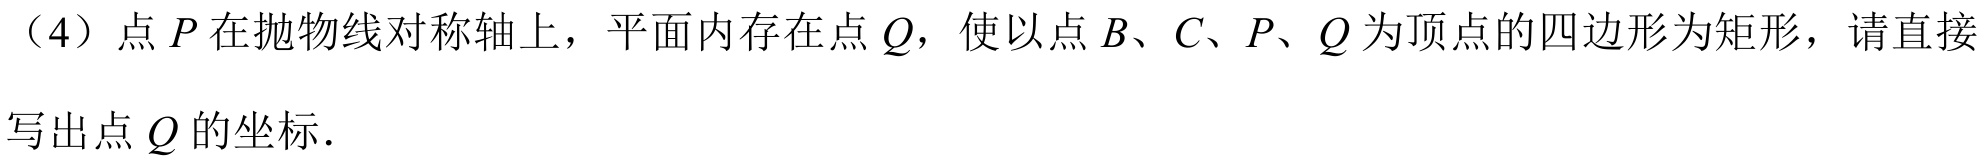
（4）点 \(P\) 在抛物线对称轴上，平面内存在点 \(Q\)，使以点 \(B\)、\(C\)、\(P\)、\(Q\) 为顶点的四边形为矩形，请直接写出点 \(Q\) 的坐标.